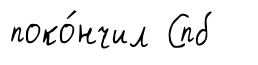
поко́нчил Спб